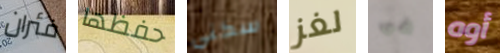
فئران حفظها سكني لغز في أوه